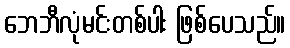
ဘေဘီလုံမင်းတစ်ပါး ဖြစ်ပေသည်။